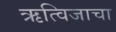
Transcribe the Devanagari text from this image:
ऋत्विजाचा